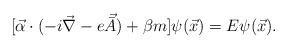
\begin{align*}[\vec {\alpha} \cdot (-i \vec {\nabla} - e \vec {\bar {A}} ) + \beta m] \psi (\vec {x}) = E \psi (\vec {x}).\end{align*}